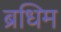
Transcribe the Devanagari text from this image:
ब्रधिम